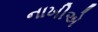
નાખીએ